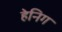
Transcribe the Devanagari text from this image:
हेनिग